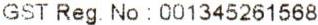
GST REG. NO : 001345261568